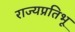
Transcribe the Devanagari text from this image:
राज्यप्रतिभू